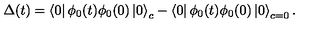
\Delta ( t ) = \left\langle 0 \right| \phi _ { 0 } ( t ) \phi _ { 0 } ( 0 ) \left| 0 \right\rangle _ { c } - \left\langle 0 \right| \phi _ { 0 } ( t ) \phi _ { 0 } ( 0 ) \left| 0 \right\rangle _ { c = 0 } .